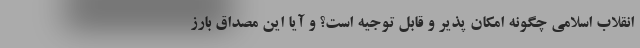
انقلاب اسلامی چگونه امکان پذیر و قابل توجیه است؟ و آیا این مصداق بارز